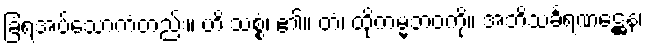
ခြံရံအပ်သောကံတည်း။ ဟိ သစ္စွံ၊ ၏။ တံ၊ ထိုကမ္မဘဝကို။ အဘိသင်္ခရဏဋ္ဌေန၊